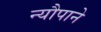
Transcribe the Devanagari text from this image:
न्यौपाने